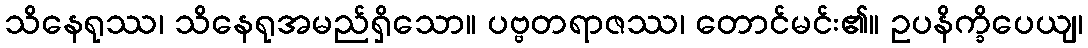
သိနေရုဿ၊ သိနေရုအမည်ရှိသော။ ပဗ္ဗတရာဇဿ၊ တောင်မင်း၏။ ဥပနိက္ခိပေယျ၊